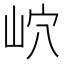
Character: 岤